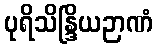
ပုရိသိန္ဒြိယဉာဏံ